Vaccine operations Central Provinces 1900-1911 - 1900-1911
Year: 1900
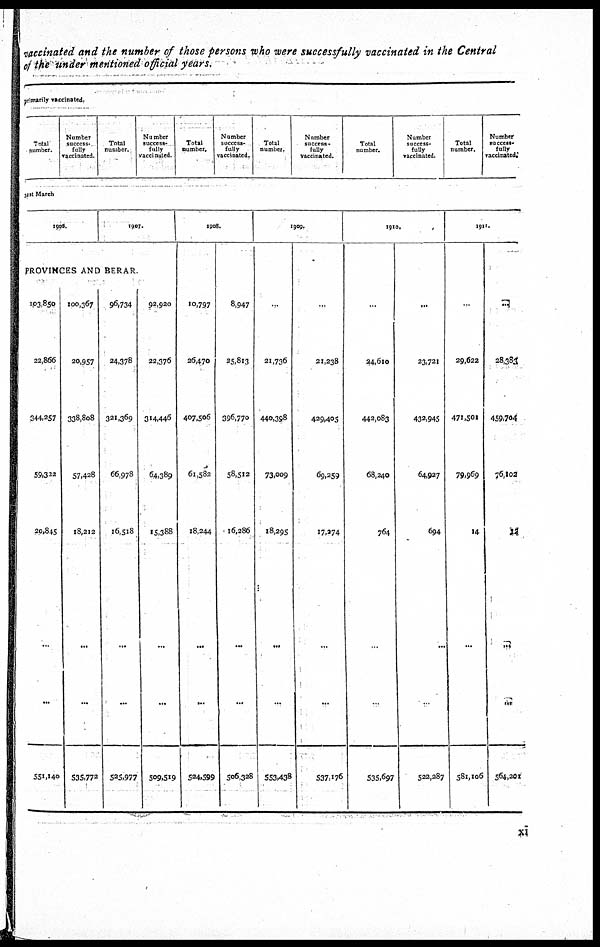
vaccinated and the number of those persons who were successfully vaccinated in the Central
of the under mentioned official years.
primarily vaccinated.
Total
number.
Number
success¬
folly
vaccinated.
Total
number.
Number
success¬
fully
vaccinated.
Total
number.
Number
success-
fully
vaccinated.
Total
number.
Number
success-
fully
vaccinated.
Total
number.
Number
success-
fully
vaccinated.
Total
number.
Number
success-
fully
vaccinated.
31st March
1906.
1907.
PROVINCES AND BERAR.
103,850
22,866
344,257
59,322
20,845
...
...
551,140
100,367
20,957
338,808
57,428
18,212
...
...
535,772
96,734
24,378
321,369
66,978
16,518
...
...
525,977
92,920
22,376
314,446
64,389
15,388
...
...
509,519
1908.
10,797
26,470
407,506
61,582
18,244
...
...
524,599
8,947
25,813
396,770
58,512
16,286
...
...
506,328
1909.
...
21,736
440,398
73,009
18,295
...
...
553,438
...
21,238
429,405
69,259
17,274
...
...
537,176
1910.
...
24,610
442,083
68,240
764
...
...
535,697
...
23,721
432,945
64,927
694
...
...
522,287
1911.
...
29,622
471,501
79,969
14
...
...
581,106
...
28,383
459,704
76,102
12
...
...
564,201
xi